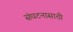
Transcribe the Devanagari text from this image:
संघटनासाठी